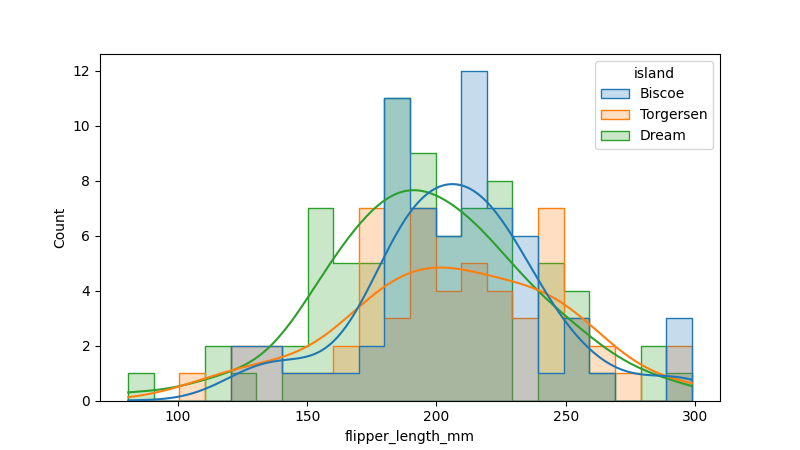
python, seaborn, histplot, hue='island', binwidth=10, bins='10', element='step'